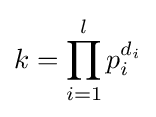
k=\prod _{i=1}^{l}p_{i}^{d_{i}}